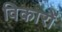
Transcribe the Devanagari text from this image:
विकारों